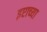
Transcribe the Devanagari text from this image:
इप्टाच्या